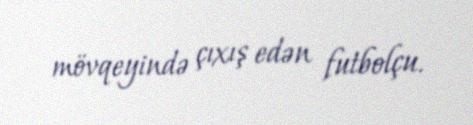
mövqeyində çıxış edən futbolçu.